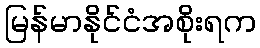
မြန်မာနိုင်ငံအစိုးရက